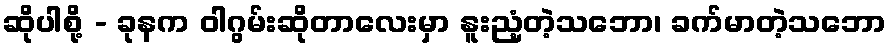
ဆိုပါစို့ - ခုနက ဝါဂွမ်းဆိုတာလေးမှာ နူးညံ့တဲ့သဘော၊ ခက်မာတဲ့သဘော